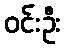
ဝင်းဦး